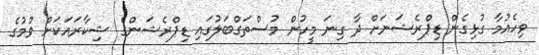
ވިހެއުމާ ގުޅިގެން ޑިޕްރެޝަނަށް ދާ ގިނަ މީހުން މުސްތަގްބަލުގައި ޑިޕްރެޝަންގެ ޝިކާރައަކަށް ވުމުގެ